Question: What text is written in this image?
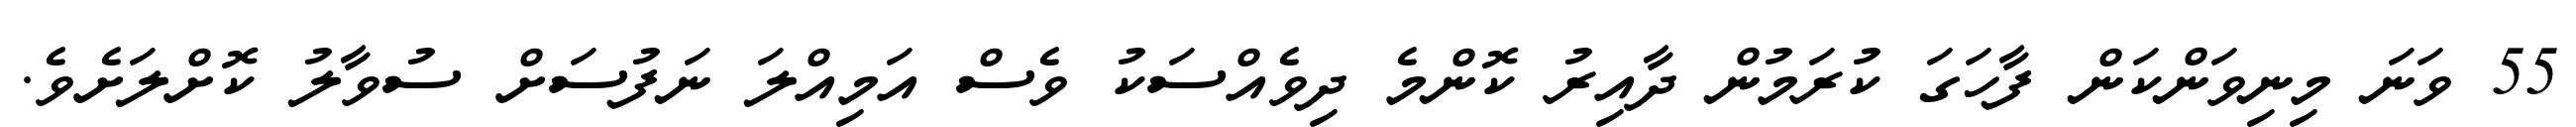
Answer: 55 ވަނަ މިނިވަންކަން ފާހަގަ ކުރަމުން ދާއިރު ކޮންމެ ދިވެއްސަކު ވެސް އަމިއްލަ ނަފުސަށް ސުވާލު ކޮށްލަށެވެ.